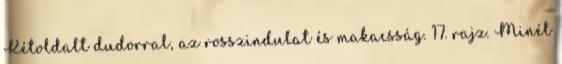
Kétoldalt dudorral, az rosszindulat és makacsság. 17. rajz. Minél